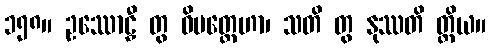
၁၅၈။ ဥဿောဠှီ တွ ဓိမတ္တေဟာ၊ သတိ တွ နုဿတိ တ္ထိယ။